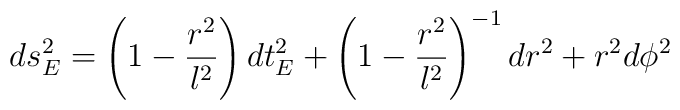
ds^2_E =  \left(1 - \frac{r^2}{l^2}\right) dt_E^2        + \left(1 - \frac{r^2}{l^2}\right)^{-1} dr^2       + r^2 d\phi^2